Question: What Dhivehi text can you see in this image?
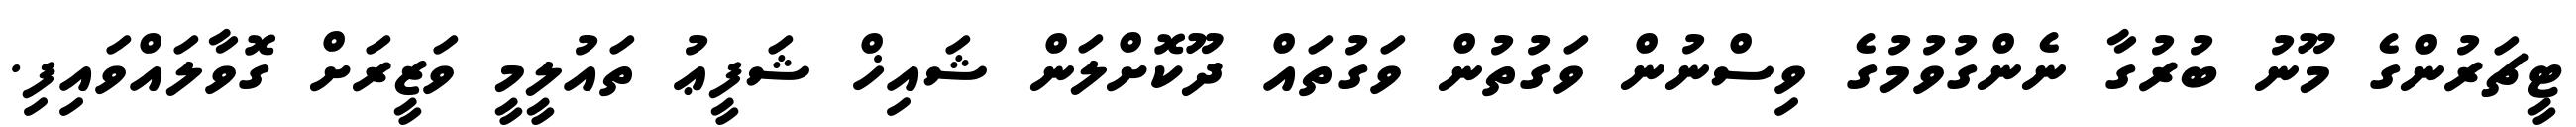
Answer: ޓީޗަރުންގެ މޫނު ބުރުގާ ނެންގުވުމުގެ ވިސްނުން ވަގުތުން ވަގުތައް ދޫކޮށްލަން ޝައިޚް ޝަފީޢު ތައުލީމީ ވަޒީރަށް ގޮވާލައްވައިފި.